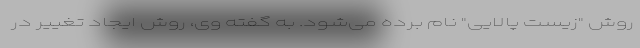
روش "زیست پالایی" نام برده می‌شود. به گفته وی، روش ایجاد تغییر در